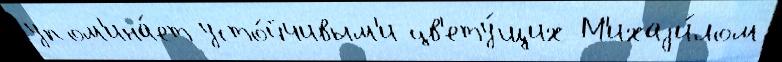
упом'ина́ет усто́йчивым'и цв'ету́щих М'ихаjи́лом